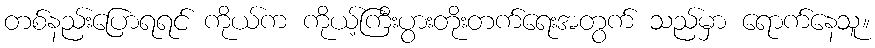
တစ်နည်းပြောရရင် ကိုယ်က ကိုယ့်ကြီးပွားတိုးတက်ရေးအတွက် သည်မှာ ရောက်နေသူ။